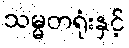
သမ္မတရုံးနှင့်